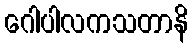
ဂေါပါလကသတာနိ